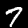
Digit: 7